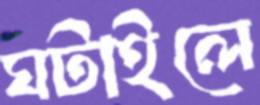
ঘটাইলে